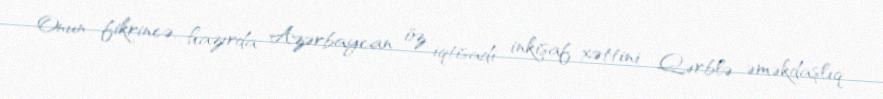
Onun fikrincə, hazırda Azərbaycan öz iqtisadi inkişaf xəttini Qərblə əməkdaşlıq